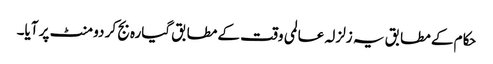
حکام کے مطابق یہ زلزلہ عالمی وقت کے مطابق گیارہ بج کر دو منٹ پر آیا۔